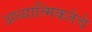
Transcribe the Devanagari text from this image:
अध्यात्मिकतेचे